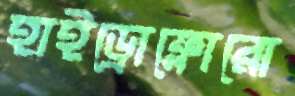
হাইড্রোফ্লোরো